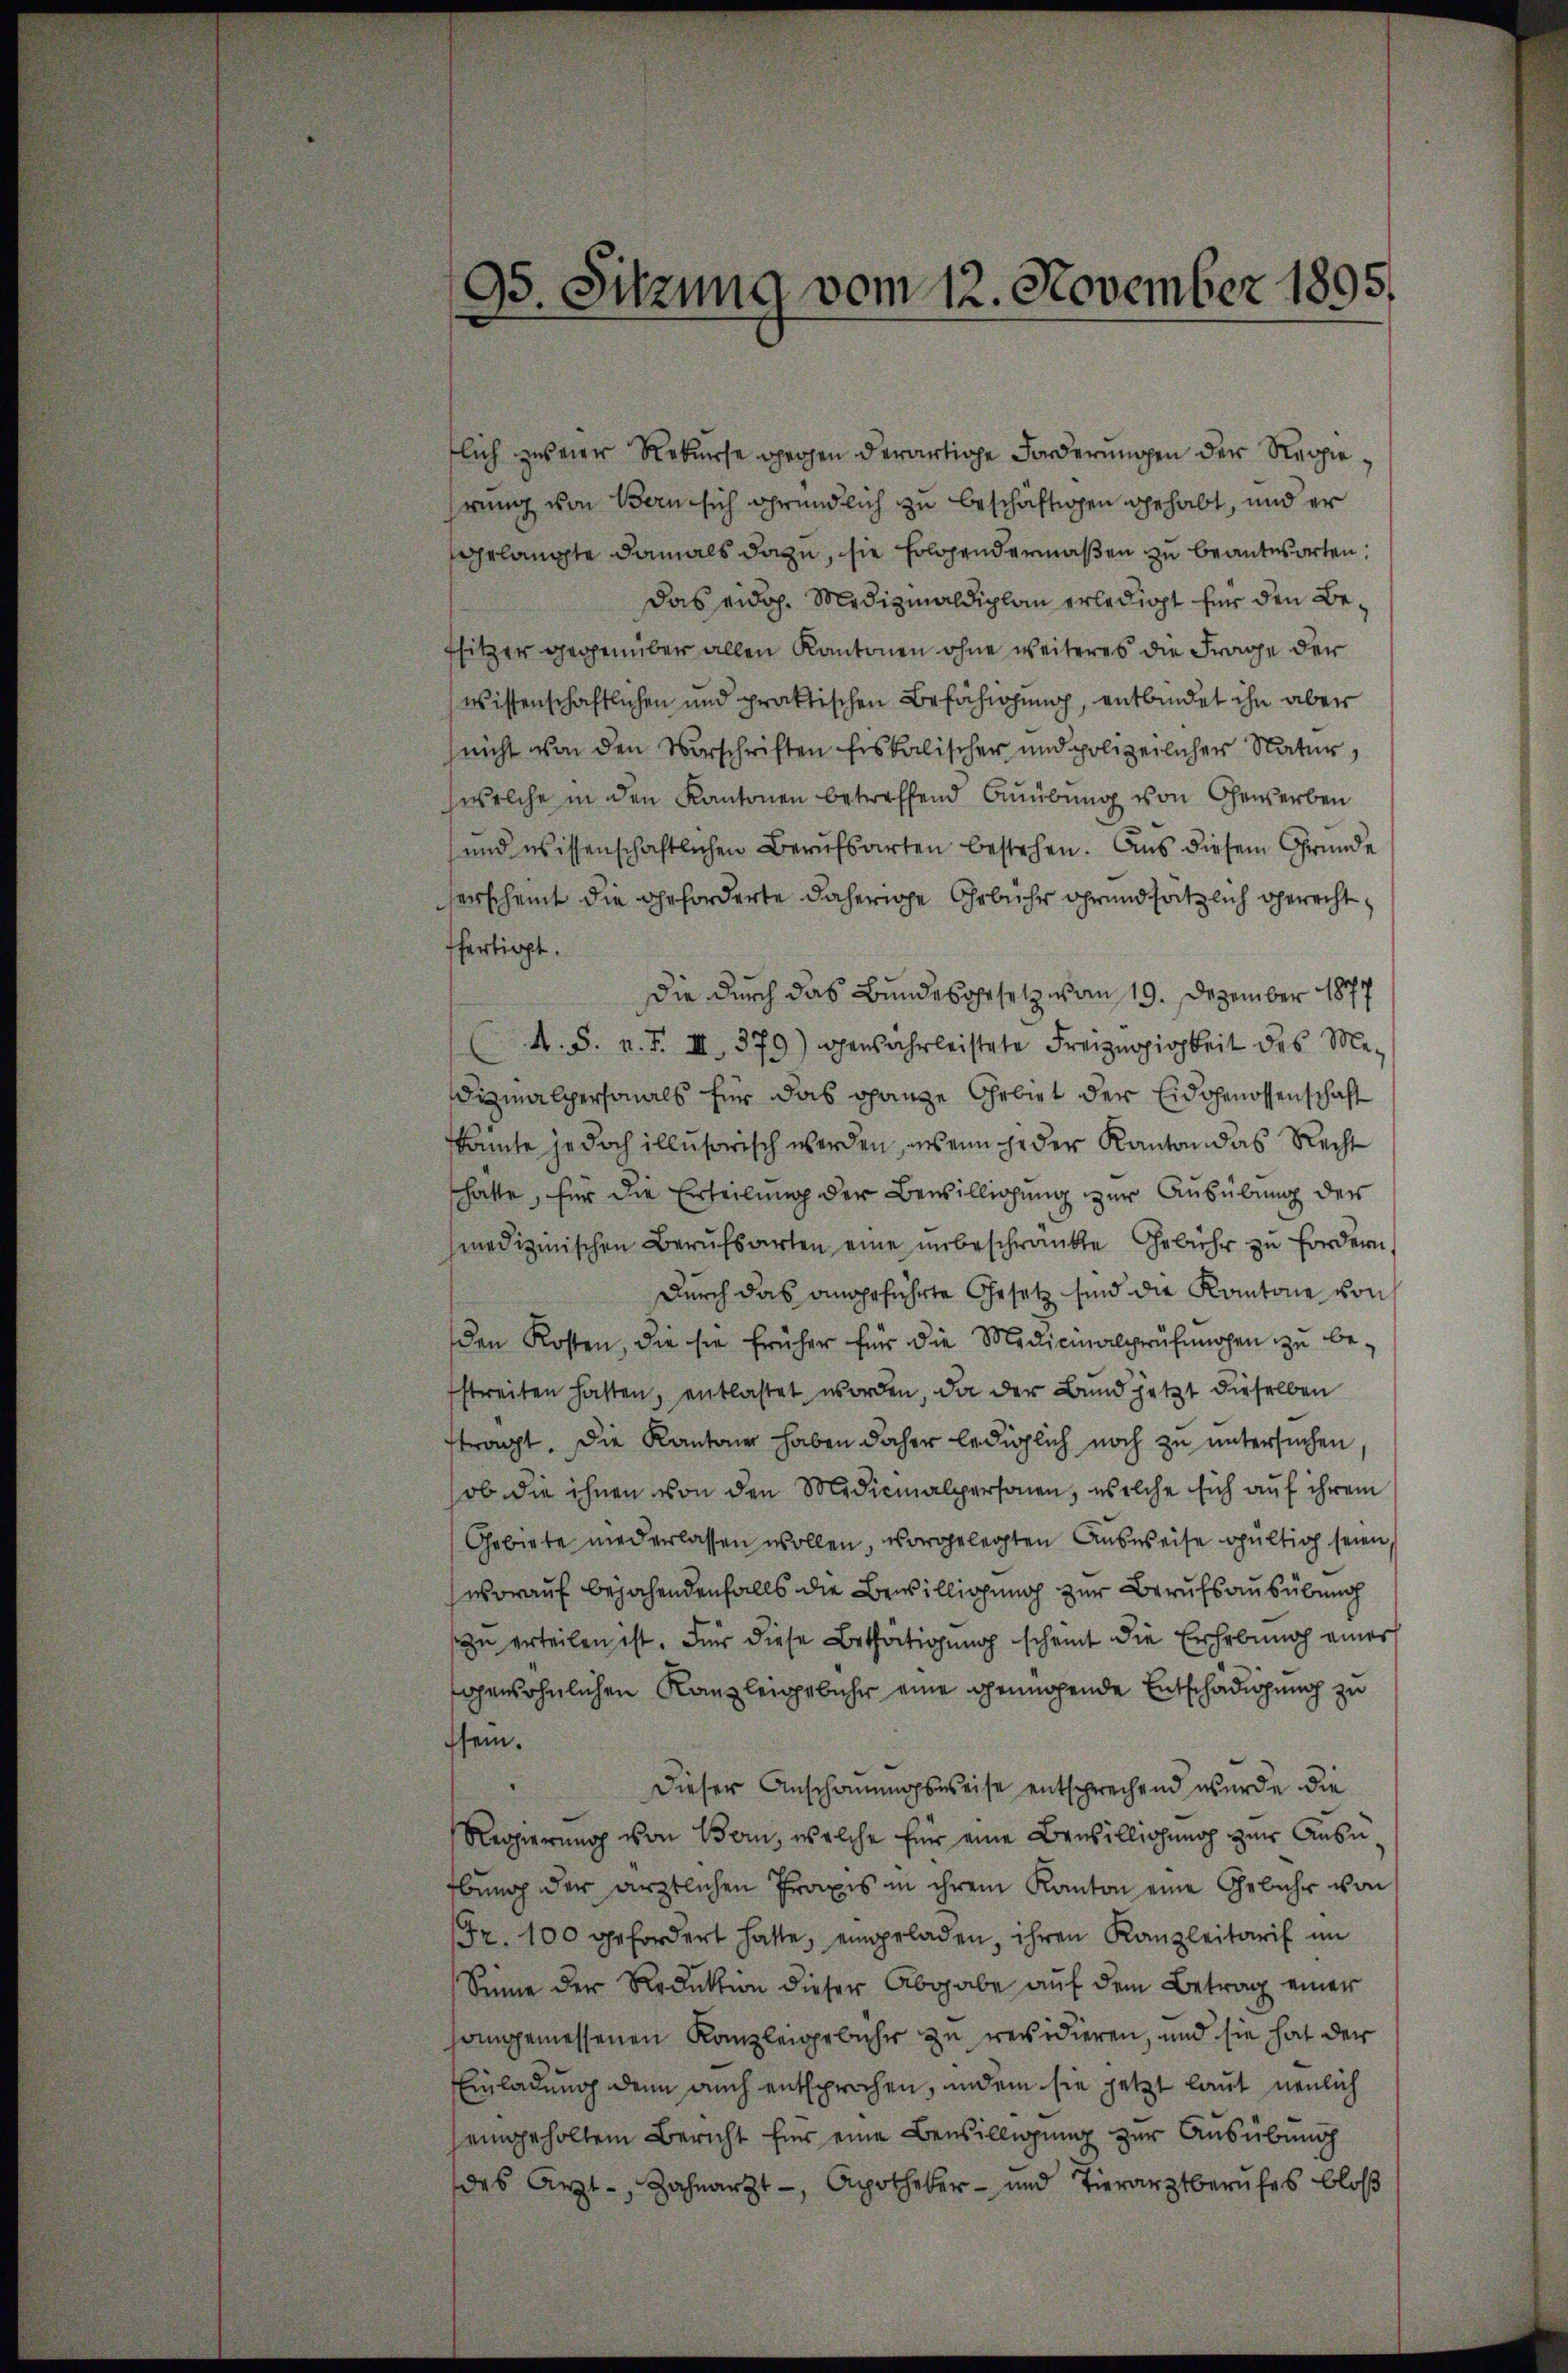
95. Sitzung vom 12. November 1895.

lich zweier Rekurse gegen derartige Forderungen der Reppie
hrung von Bern sich gründlich zu beschäftigen gehabt, und er
gelangte damals dazu, sie folgendermaßen zu beantworten:
das eidg. Medizialdiplan erledigt für den Befsitzer gegenüber allen Kantonen ohne weiteres die Frage der
wissenschaftlichen und praktischen Befähigung, entbindet ihn aber
nicht von den Vorschriften fiskalischer und polizeilicher Natur,
welche in den Kantonen betreffend Auübung von Gewerben
und wissenschaftlichen Berufsarten bestehen. Aus diesem Gründe
erscheint die geforderte daherige Gebühr grundsätzlich gerecht,
ffertigt.
die durch das Bundesopesetz von 19. Dezember 1877
A. S. v. J. III 379) genährleistete Freizügigkeit des Medizinalpersonals für das ganze Gebiet der Eidgenossenschaft
kante jedoch illusorisch werden, wenn jeder Kanton das Recht
shatte, für die Erteilung der Bewilligung zur Ausübung der
medizinischen Berufsarten eine unbeschränkte Gebühr zu fordern,
Durch das angeführte Gesetz sind die Kantone von
den Kosten, die sie früher für die Medicinalprüfungen zŭ be-
streiten hatten, entlastet worden, da der Bund jetzt dieselben
ftragt. Die Kantone haben daher lediglich noch zu untersuchen,
ob die ihnen von den Medicinalpersonen, welche sich auf ihrem
Gebiete niederlassen wollen, vorgelegten Ausweise gültig seien,
worauf bejahendenfalls die Bewilligung zur Berufsausübung
zu erteilen ist. Für diese Bethätigung scheint die Erhebung eines
gewöhnlichen Kanzleigebühr eine genügende Entschädigung zu
sein.
Dieser Anschauungsweise entsprechend wurde die
Regierung von Bern, welche für eine Bewilligung zur Ansubung der ärztlichen Praxis in ihrem Kanton eine Gebühr von
Fr. 100 gefordert hatte, eingeladen, ihren Kanzleitarif im
Sinne der Reduktion dieser Abgabe auf dem Betrag einer
hongemessenen Kanzleigebühr zu revidieren, und sie hat der
Einladung denn auch entsprochen, indem sie jetzt laut neulich
eingeholten Bericht für eine Bewilligung zur Ausübung
des Arzt- Zahnarzt -, Apotheker- und Tierarztberŭfes bloß